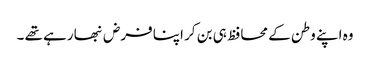
وہ اپنے وطن کے محافظ ہی بن کر اپنا فرض نبھا رہے تھے ۔